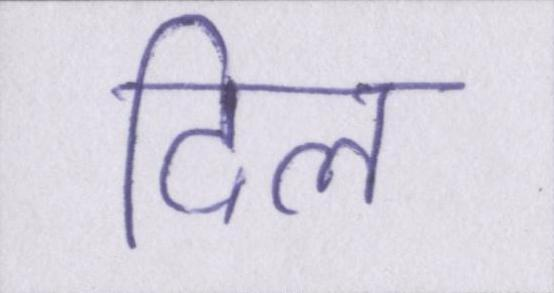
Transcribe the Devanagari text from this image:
दिल